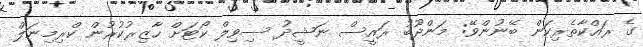
ގެ ރައްކާތެރިކަން ބޭނުންވޭ: މަންދޫބު ރައީސް ނަޝީދު ސިވިލް ކޯޓަށް ހާޒިރުކުރުން ކްރިމިނަލް